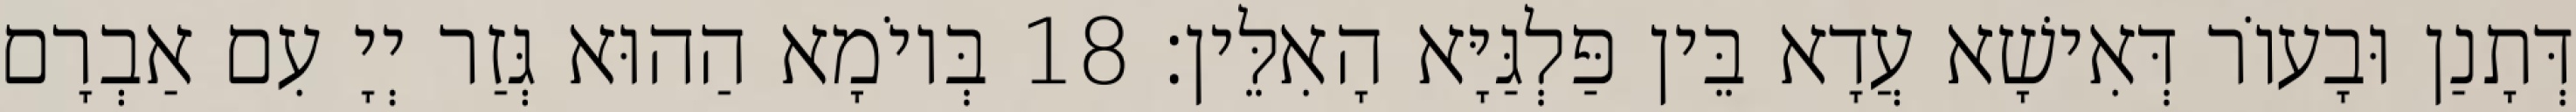
דְּתָנַן וּבָעוֹר דְּאִישָׁא עֲדָא בֵּין פַּלְגַּיָּא הָאִלֵּין׃ 18 בְּיוֹמָא הַהוּא גְּזַר יְיָ עִם אַבְרָם